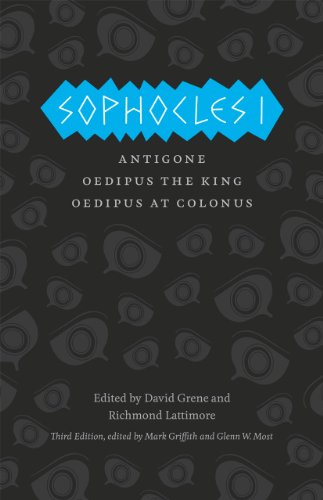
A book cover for Sophocles I: Antigone, Oedipus the King, Oedipus at Colonus (The Complete Greek Tragedies); Sophocles; Literature & Fiction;